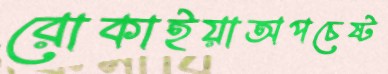
রোকাইয়াঅপচেষ্ট